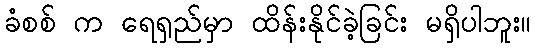
ခံစစ် က ရေရှည်မှာ ထိန်းနိုင်ခဲ့ခြင်း မရှိပါဘူး။